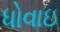
ધોવાઇ